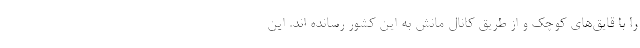
را با قایق‌های کوچک و از طریق کانال مانش به این کشور رسانده اند. این